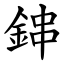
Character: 鋛